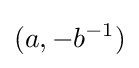
(a,-b^{-1})